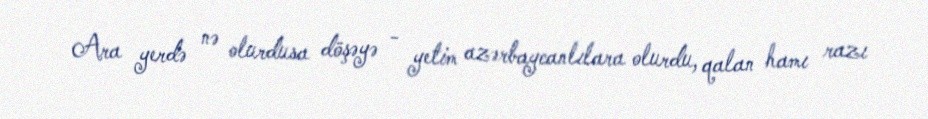
Ara yerdə nə olurdusa döşəyə - yetim azərbaycanlılara olurdu, qalan hamı razı